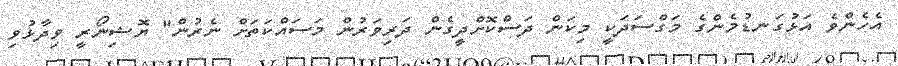
އެހެންވެ އަޅުގަނޑުމެންގެ މަގްސަދަކީ މިކަން ދަސްކޮށްދީގެން ދަރިވަރުން މަސައްކަތަށް ނެރުން" ޔޮޝިނޯރީ ވިދާޅުވި